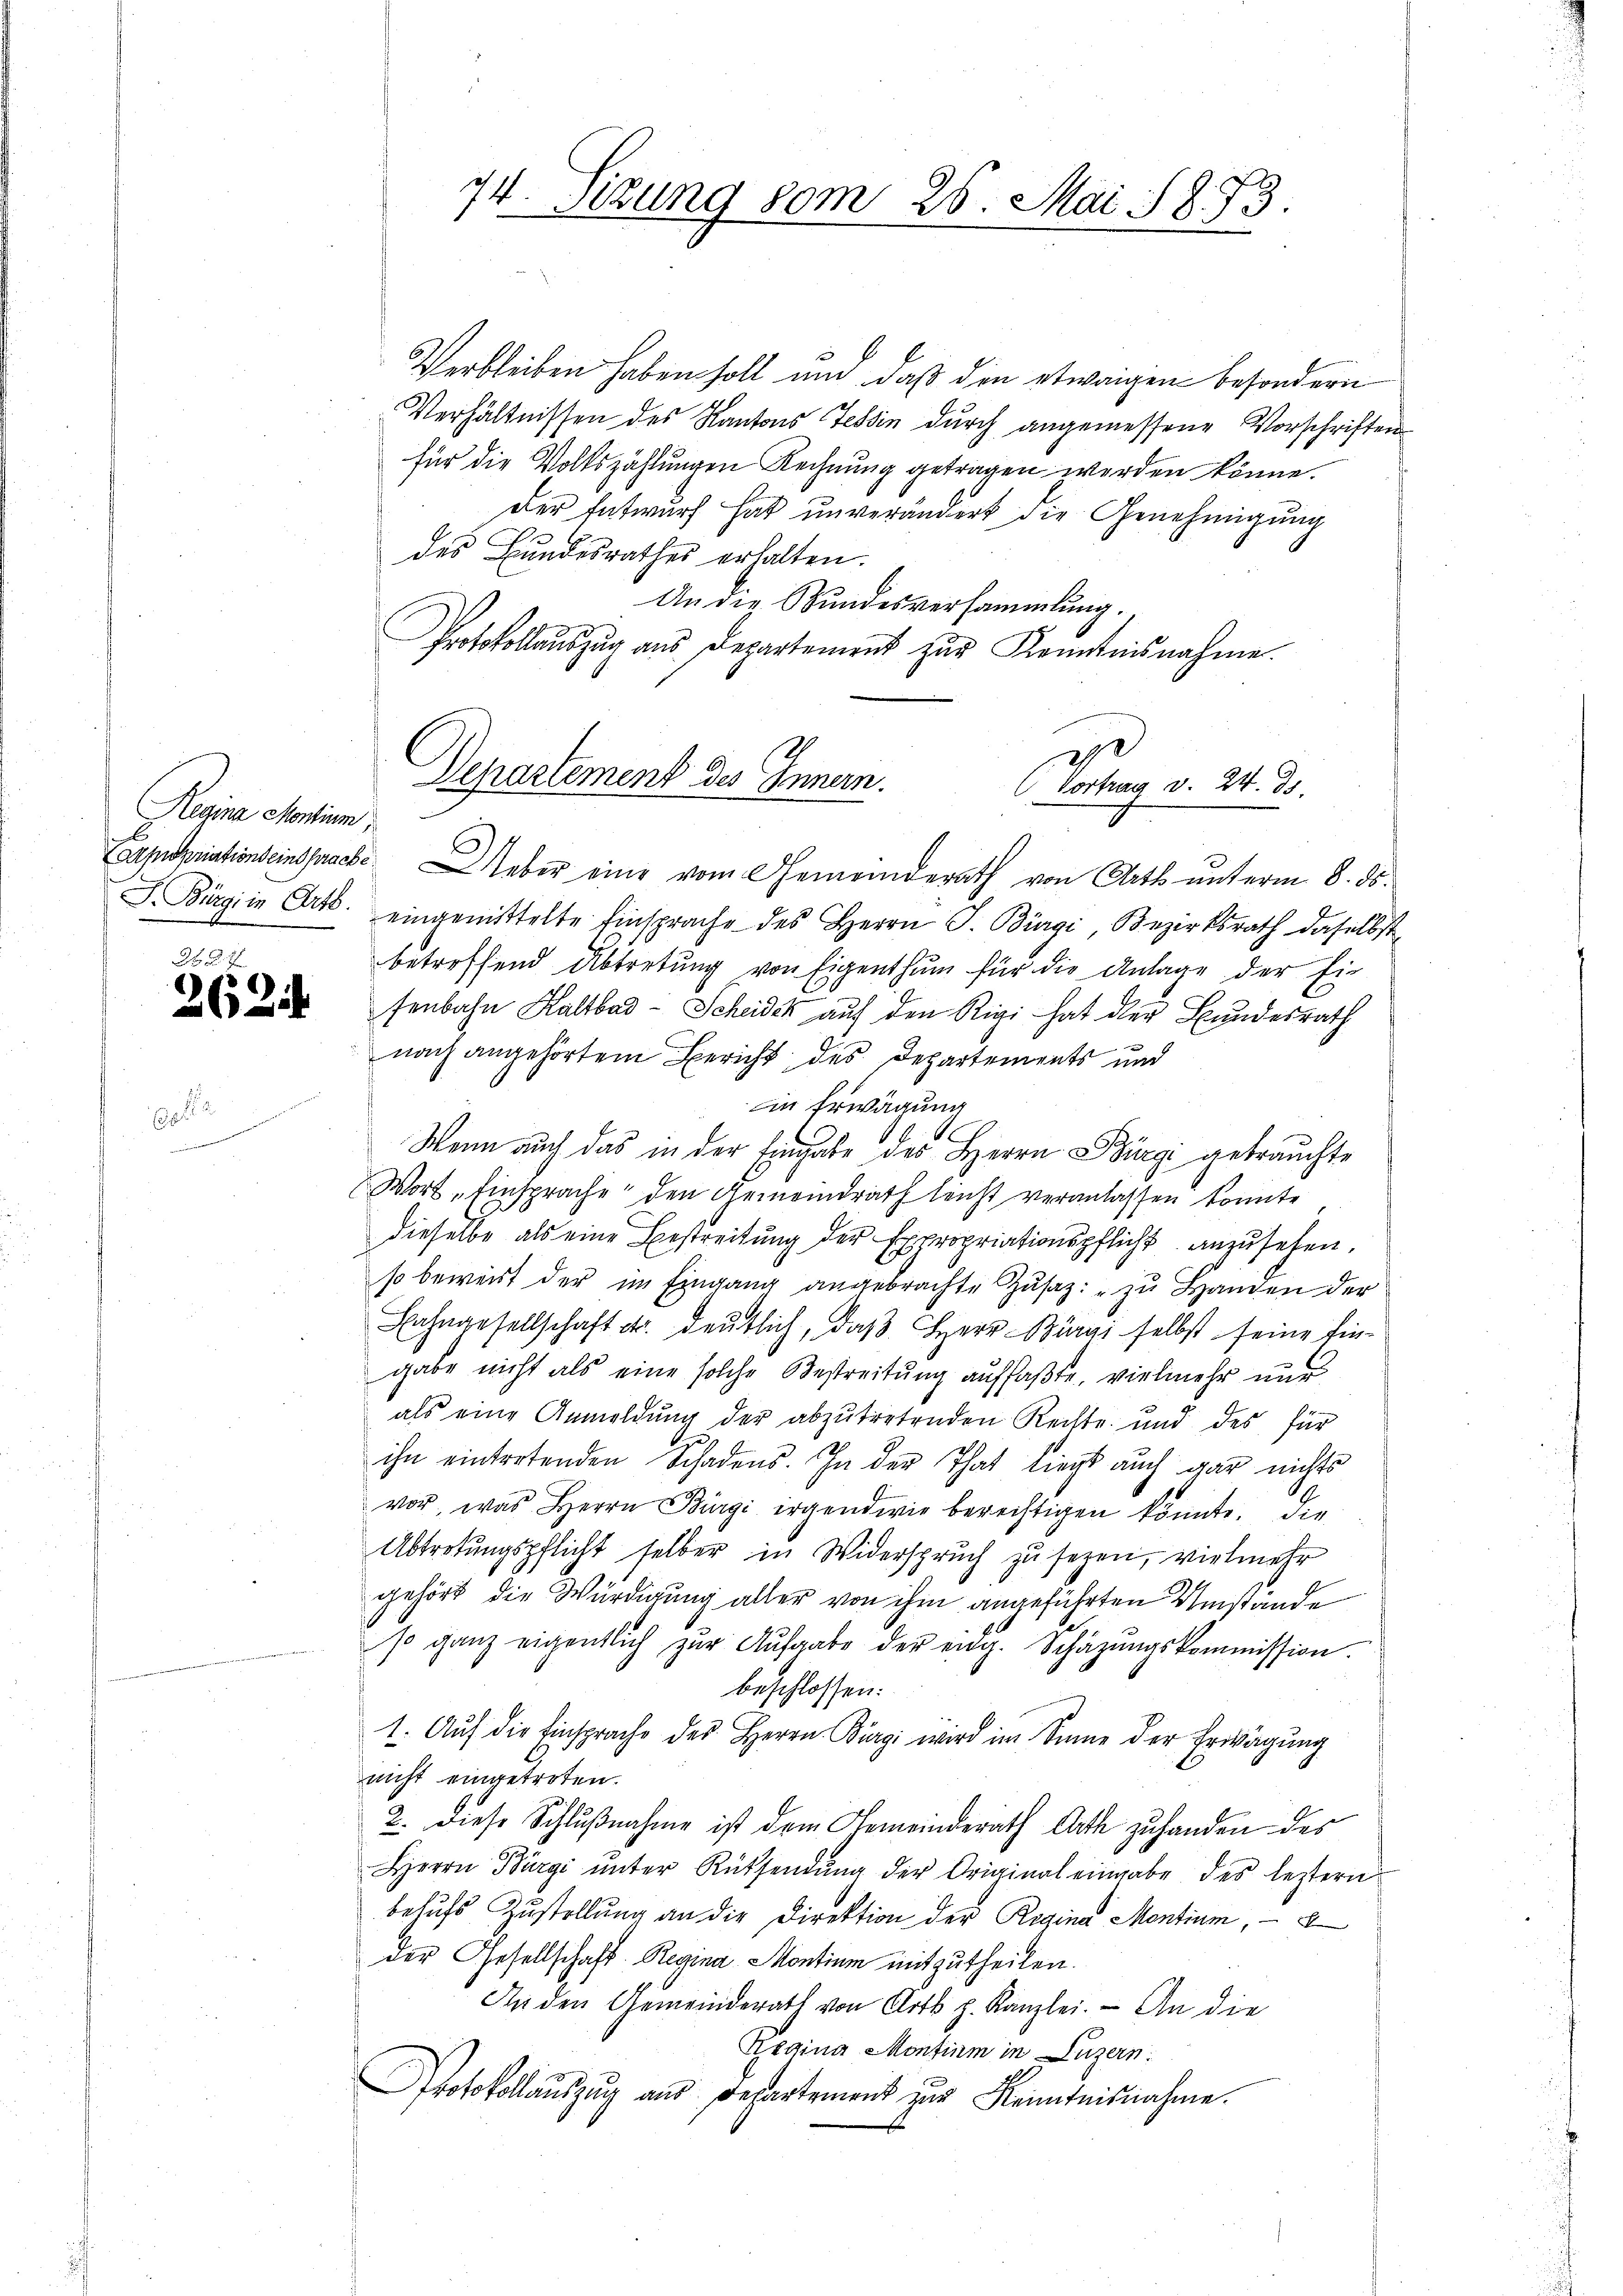
Hegina Montium

2
262.

Verbleiben haben soll und daß die etwaigen besondern
Verhältnissen des Kantons Tessin durch angemessene Vorschriften
für die Volkszählungen Rechnung getragen werden könne.
Der Entwurf hat unverändert die Genehmigung
des Bundesrathes erhalten.
An die Bundesversammlung.
Protokollaŭszŭg ans Departement zŭr Kenntnisnahme.
2

74. Sizung vom 25. Mai 1873.

Departement des Innern.
Vortrag v. 24. 31.
.

Carppriationseinsprache Ueber eine vom Gemeinderath von Arth unterm 8. ds.
J. Bürgi in Art. eingemittelte Einsprache des Herrn J. Bürgi, Bezirksrath daselbst
betreffend Abtretung von Eigenthum für die Anlage der Fir
fenbahn Kaltbad- Scheidek auf den Rigi hat der Bundesrath
nach angehörtem Bericht des Departements und
in Erwägung
Wenn auch das in der Eingabe des Herrn Bürgi gebrauchte
Wort „Einsprache den Gemeindrath leicht veranlassen konnte.
dieselbe als eine Bestreitung der Expropriationspflicht anzusehen.
so beweist der im Eingang angebrachte Zŭsaz: "zu Handen der
Lahngesellschaft d. deutlich, daβ Herr Bürgi selbst seine Ein-
gabe nicht als eine solche Bestreitung auffaßte, vielmehr nur
als eine Anmeldung der abzutretenden Rechte und des für
ihn eintretenden Schadens. In der That liegt auch gar nichts
vor, was Herrn Bürgi irgendwie berechtigen könnte. Die
Abtretungspflicht selber in Widerspruch zu sezen, vielmehr
gehört die Würdigung aller von ihm angeführten Umstande
so ganz eigentlich zŭr Aŭfgabe der eidg. Schäzŭngskommission.
beschlossen:
1. Aŭf die Einsprache des Herrn Bürgi wird im Sinne der Erwägung
nicht eingetroten.
2. Diese Schlußnahme ist dem Gemeinderath Arth zuhanden des
Herrn Bürgi ŭnter Rüksendŭng der Original eingabe des leztern
behufs Zustellung an die Direktion der Regina Mentium,
der Gesellschaft Regina Montium mitzutheilen.
An den Gemeinderath von Art p. Kanzlei. - An die
Regina Montium in Luzern:
Protokollaŭszŭg aŭs Departement zŭr Kenntnisnahme.